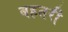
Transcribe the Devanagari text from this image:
बहतरी